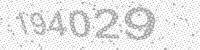
Solution: 194029